Document type: Sale
Year: 1235
Scribe: Pere de Bages
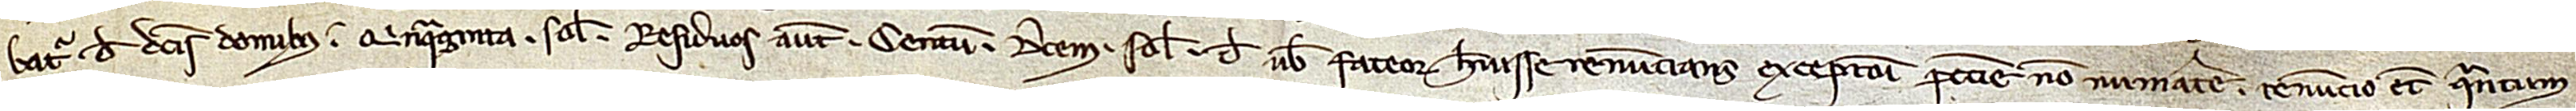
batur de dictis domibus quinquaginta solidos. Residuos autem centum decem solidos de vobis fateor habuisse, renuncians excepcioni peccunie non numerate. Renuncio etiam quantum